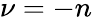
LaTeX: \nu=-n